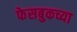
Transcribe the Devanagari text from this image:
फेसबुकच्या